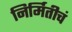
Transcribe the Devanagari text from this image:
निर्मितीचं